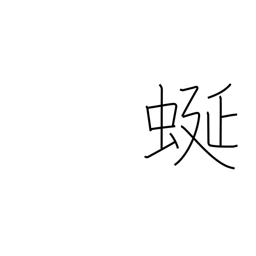
Meaning: meandering